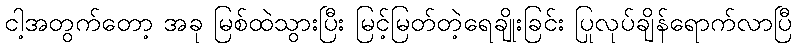
ငါ့အတွက်တော့ အခု မြစ်ထဲသွားပြီး မြင့်မြတ်တဲ့ရေချိုးခြင်း ပြုလုပ်ချိန်ရောက်လာပြီ